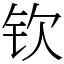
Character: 钦